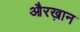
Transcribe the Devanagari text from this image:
औरख़ान